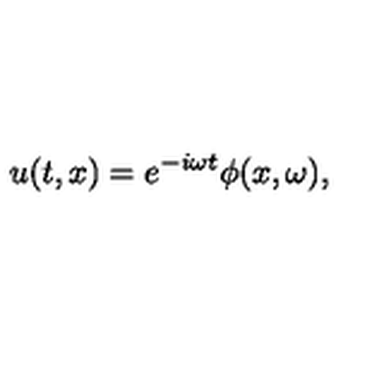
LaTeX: u ( t , x ) = e ^ { - i \omega t } \phi ( x , \omega ) ,